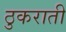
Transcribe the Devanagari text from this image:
ठुकराती